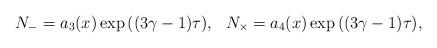
LaTeX: \begin{align*}N_- = a_{3}(x)\exp{((3\gamma-1)\tau)},~~ N_{\times} = a_{4}(x)\exp{((3\gamma-1)\tau)},\end{align*}